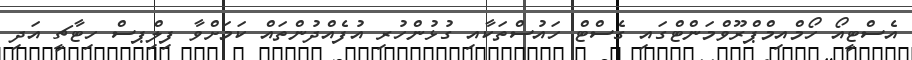
އެސްޓީއޯ ހޯމްއިމްޕްރޫވްމަންޓްގައި ގެސްޓް ހައުސްތަކާއި ގުޅުންހުރި އުފެއްދުންތައް ކަމަށްވާ ފިލިްޕސް ހިޓާޗީ އަދި